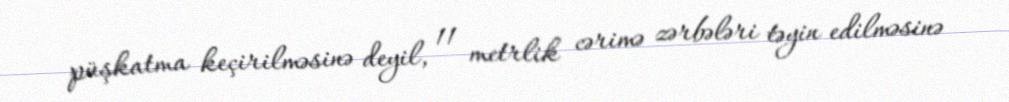
püşkatma keçirilməsinə deyil, 11 metrlik cərimə zərbələri təyin edilməsinə